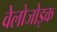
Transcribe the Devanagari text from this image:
वेलोजोइक